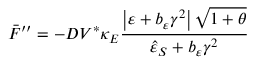
\bar { F } ^ { \prime \prime } = - D V ^ { \ast } \kappa _ { E } \frac { \left\vert \varepsilon + b _ { \varepsilon } \gamma ^ { 2 } \right\vert \sqrt { 1 + \theta } } { \hat { \varepsilon } _ { S } + b _ { \varepsilon } \gamma ^ { 2 } }